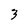
Character: 3